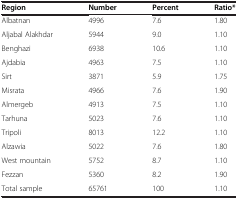
| Region | Number | Percent | Ratio* |
 | --- | --- | --- | --- |
 | Albatnan | 4996 | 7.6 | 1.80 |
 | Aljabal Alakhdar | 5944 | 9.0 | 1.10 |
 | Benghazi | 6938 | 10.6 | 1.10 |
 | Ajdabia | 4963 | 7.5 | 1.10 |
 | Sirt | 3871 | 5.9 | 1.75 |
 | Misrata | 4966 | 7.6 | 1.90 |
 | Almergeb | 4913 | 7.5 | 1.10 |
 | Tarhuna | 5023 | 7.6 | 1.10 |
 | Tripoli | 8013 | 12.2 | 1.10 |
 | Alzawia | 5022 | 7.6 | 1.80 |
 | West mountain | 5752 | 8.7 | 1.10 |
 | Fezzan | 5360 | 8.2 | 1.90 |
 | Total sample | 65761 | 100 | 1.10 |